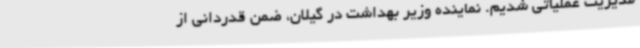
مدیریت عملیاتی شدیم. نماینده وزیر بهداشت در گیلان، ضمن قدردانی از